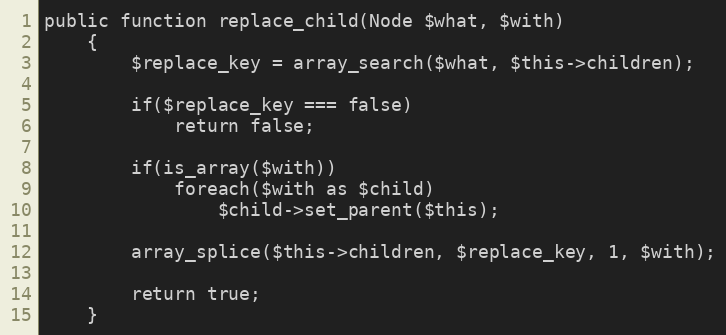
Language: PHP
public function replace_child(Node $what, $with)
	{
		$replace_key = array_search($what, $this->children);

		if($replace_key === false)
			return false;

		if(is_array($with))
			foreach($with as $child)
				$child->set_parent($this);

		array_splice($this->children, $replace_key, 1, $with);

		return true;
	}